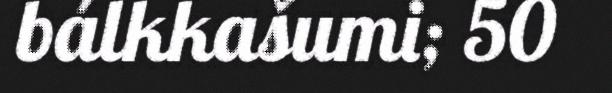
bálkkašumi; 50